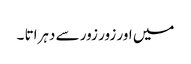
میں اور زور زور سے دہراتا ۔